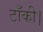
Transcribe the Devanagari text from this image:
टाँकी।